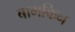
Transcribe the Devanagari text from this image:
बामकिन